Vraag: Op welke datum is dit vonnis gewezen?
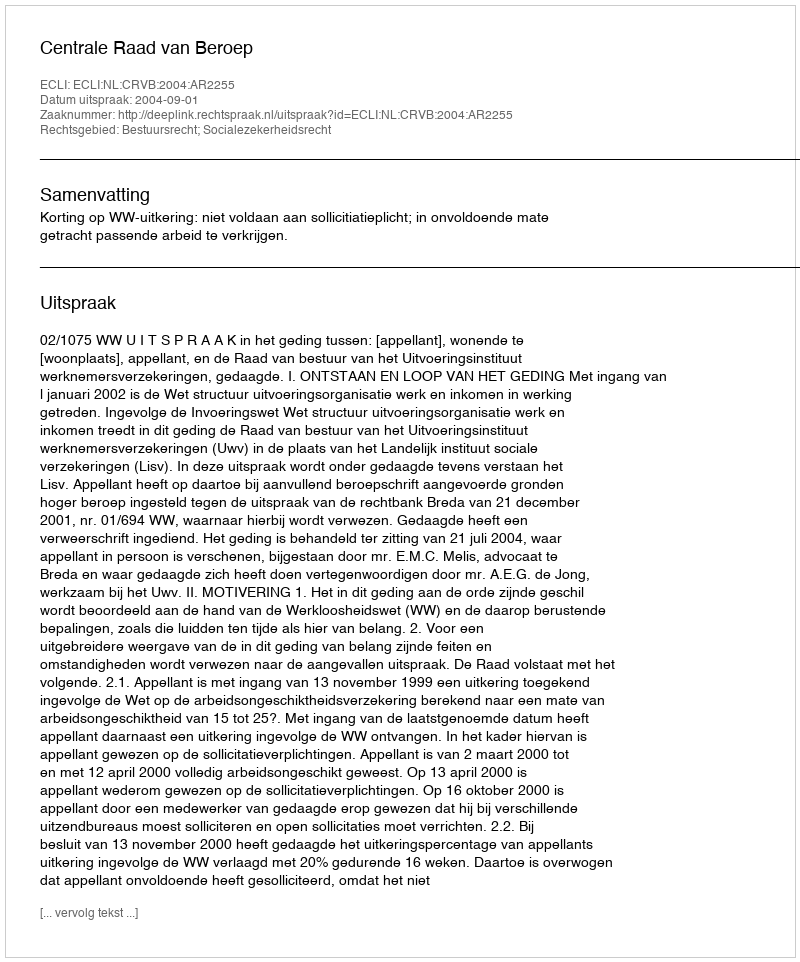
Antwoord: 2004-09-01